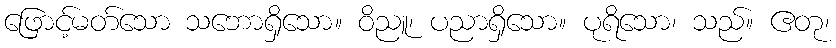
ဖြောင့်မတ်သော သဘောရှိသော။ ဝိညူ၊ ပညာရှိသော။ ပုရိသော၊ သည်။ ဧတု၊